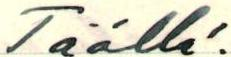
Täällä.